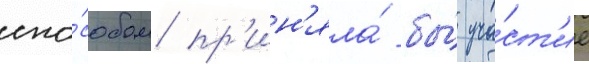
спо́собом пр'ин'яла́ бы́ уча́ст'ие